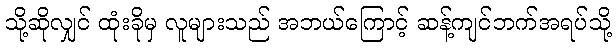
သို့ဆိုလျှင် ထုံးခိုမှ လူများသည် အဘယ်ကြောင့် ဆန့်ကျင်ဘက်အရပ်သို့